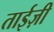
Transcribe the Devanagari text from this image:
ताईज़ी